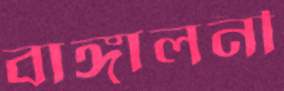
বাঙ্গালনী